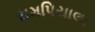
રામપિયાલા